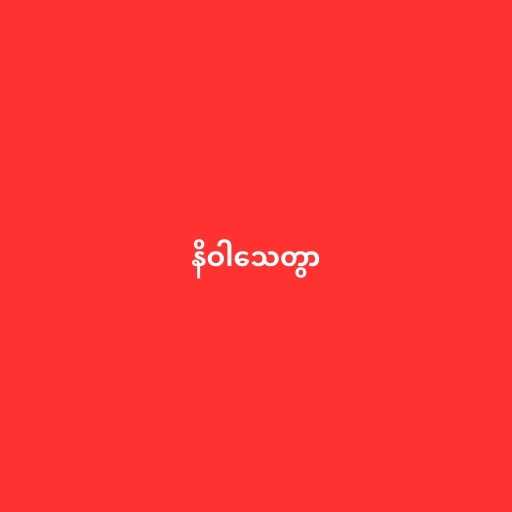
နိဝါသေတွာ